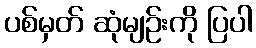
ပစ်မှတ် ဆုံမျဉ်းကို ပြပါ